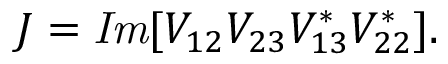
J = { \it I m } [ V _ { 1 2 } V _ { 2 3 } V _ { 1 3 } ^ { * } V _ { 2 2 } ^ { * } ] .